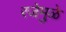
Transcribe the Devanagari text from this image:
रजेमुळे